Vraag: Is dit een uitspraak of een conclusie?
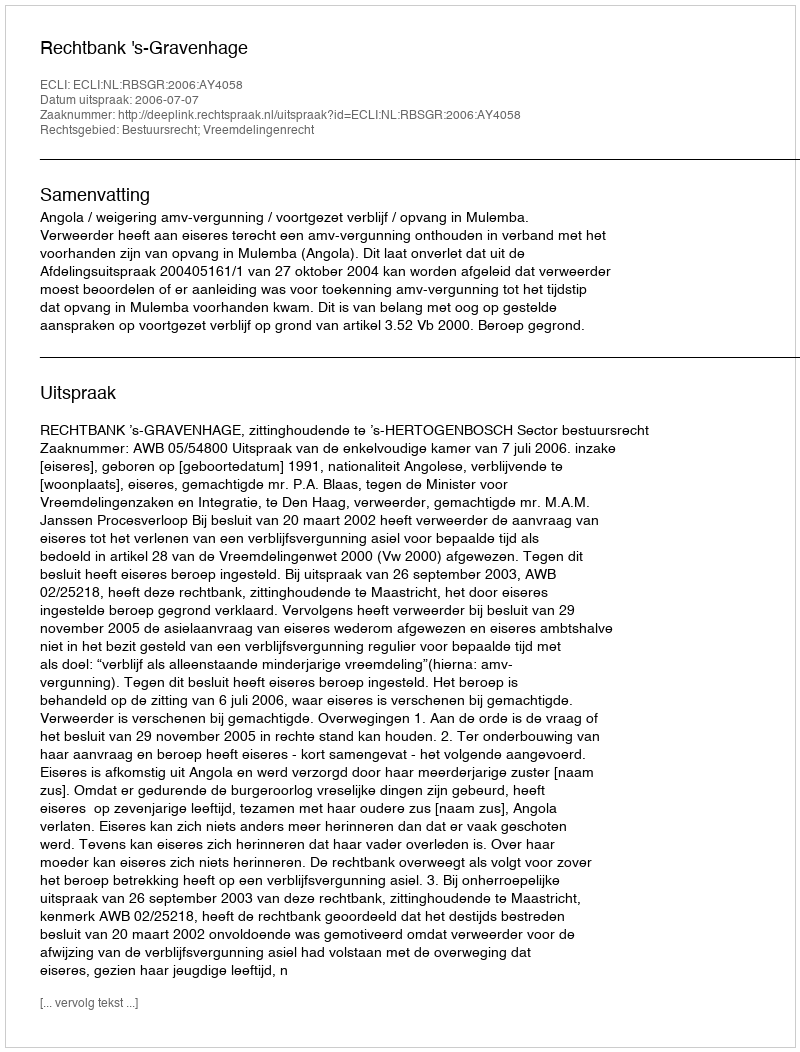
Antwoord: Uitspraak